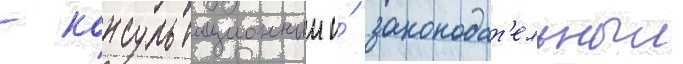
- консультационныи и́ законодат'ельныи